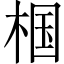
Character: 椢